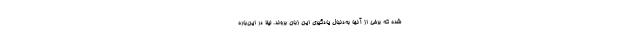
شده که برخی از آنها به‌دنبال یادگیری این زبان بروند. لیلا در این‌باره